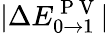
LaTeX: |\Delta E_{0\rightarrow 1}^{\mathrm{~P~V~}}|